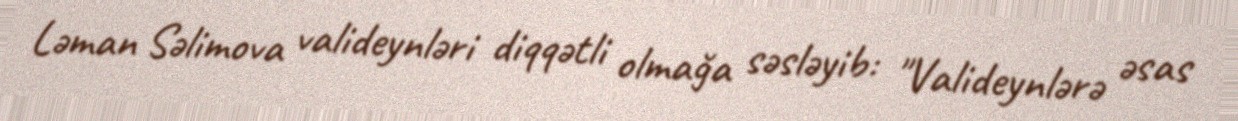
Ləman Səlimova valideynləri diqqətli olmağa səsləyib: "Valideynlərə əsas